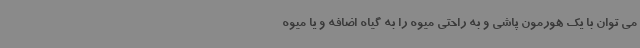
می توان با یک هورمون پاشی و به راحتی میوه را به گیاه اضافه و یا میوه